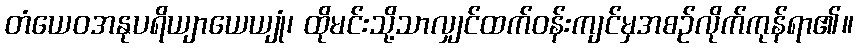
တံယေဝအနုပရိယျာယေယျုံ၊ ထိုမင်းသို့သာလျှင်ထက်ဝန်းကျင်မှအစဉ်လိုက်ကုန်ရာ၏။